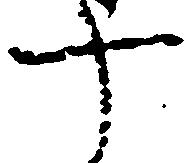
十